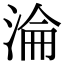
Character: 淪